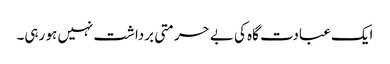
ایک عبادت گاہ کی بے حرمتی برداشت نہیں ہو رہی۔